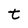
Character: t